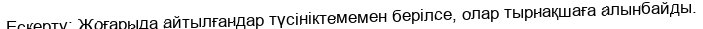
Ескерту: Жоғарыда айтылғандар түсініктемемен берілсе, олар тырнақшаға алынбайды.